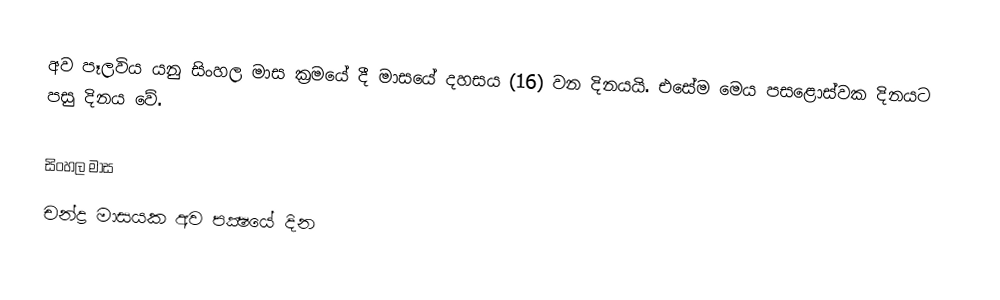
අව පෑලවිය යනු සිංහල මාස ක්‍රමයේ දී මාසයේ දහසය (16) වන දිනයයි. එසේම මෙය පසළොස්වක දිනයට පසු දිනය වේ.

සිංහල මාස
චන්ද්‍ර මාසයක අව පක්‍ෂයේ දින